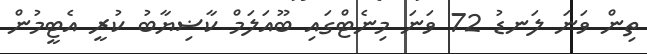
ތިން ވަނަ ލަނޑު 72 ވަނަ މިނެޓްގައި ބޫއަލަމް ކާޟިޔާބު ކުރީ އެޓީމުން